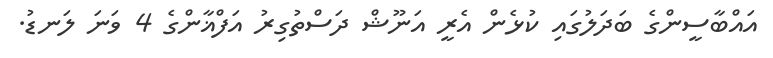
އައްބާސީންގެ ބަދަލުގައި ކުޅެން އެރީ އަނޫޝް ދަސްތުގިރު އަފްޣާންގެ 4 ވަނަ ލަނޑު.